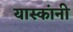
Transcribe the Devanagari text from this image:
यास्कांनी